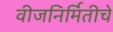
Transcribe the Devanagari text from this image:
वीजनिर्मितीचे